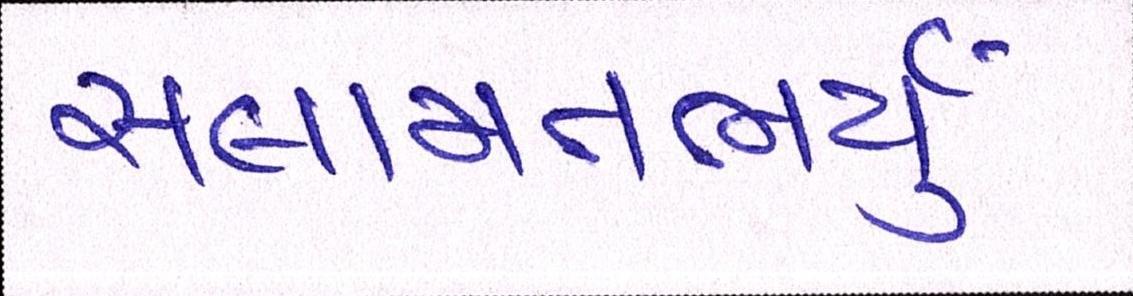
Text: સલામતભર્યું